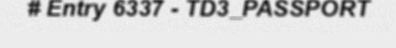
# Entry 6337 - TD3_PASSPORT